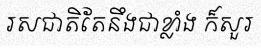
រសជាតិតែនឹងជាខ្លាំង ក៏សួរ